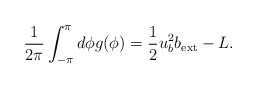
\begin{align*}\frac{1}{2\pi}\int_{-\pi}^\pi d\phi g(\phi)=\frac{1}{2}u^2_bb_{\rm ext}-L.\end{align*}